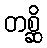
တစ္ဆိ